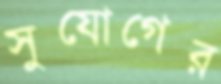
সুযোগের